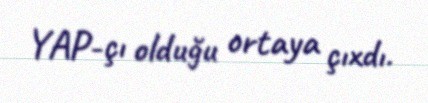
YAP-çı olduğu ortaya çıxdı.